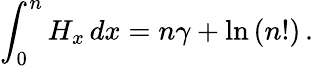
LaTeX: \int_{0}^{n}H_{x}\, dx=n\gamma+\ln{(n!)}\, .